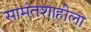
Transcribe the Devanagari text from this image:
सामंतशाहीला